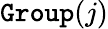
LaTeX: \texttt{Group}(j)